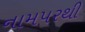
નામપરથી